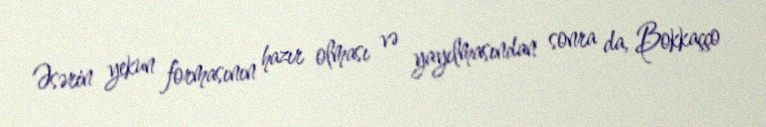
Əsərin yekun formasının hazır olması və yayılmasından sonra da, Bokkaçço